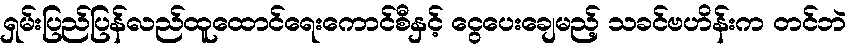
ရှမ်းပြည်ပြန်လည်ထူထောင်ရေးကောင်စီနှင့် ငွေပေးချေမည့် သခင်ဗဟိန်းက တင်ဘဲ